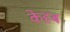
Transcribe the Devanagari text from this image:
केहब